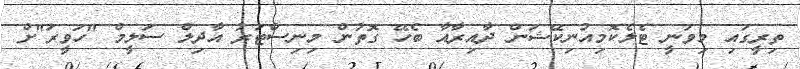
ތިރީގައި މިވަނީ ޓެލެކޮމިއުނިކޭޝަން ދާއިރާއާ ބެހޭ ގޮތުން މިނިސްޓަރު އާދިލް ސަލީމް "ހަވީރަ"ށް